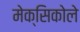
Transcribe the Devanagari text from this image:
मेक्सिकोले